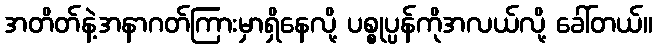
အတိတ်နဲ့အနာဂတ်ကြားမှာရှိနေလို့ ပစ္စုပ္ပန်ကိုအလယ်လို့ ခေါ်တယ်။